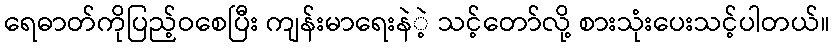
ရေဓာတ်ကိုပြည့်ဝစေပြီး ကျန်းမာရေးနဲဲ့ သင့်တော်လို့ စားသုံးပေးသင့်ပါတယ်။